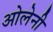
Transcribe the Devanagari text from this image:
ओलेनी